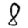
Digit: 8